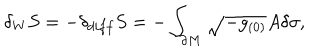
\delta _ { W } S = - \delta _ { d i f f } S = - \int _ { \partial M } \sqrt { - g _ { ( 0 ) } } A \delta \sigma ,